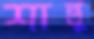
শান্তু